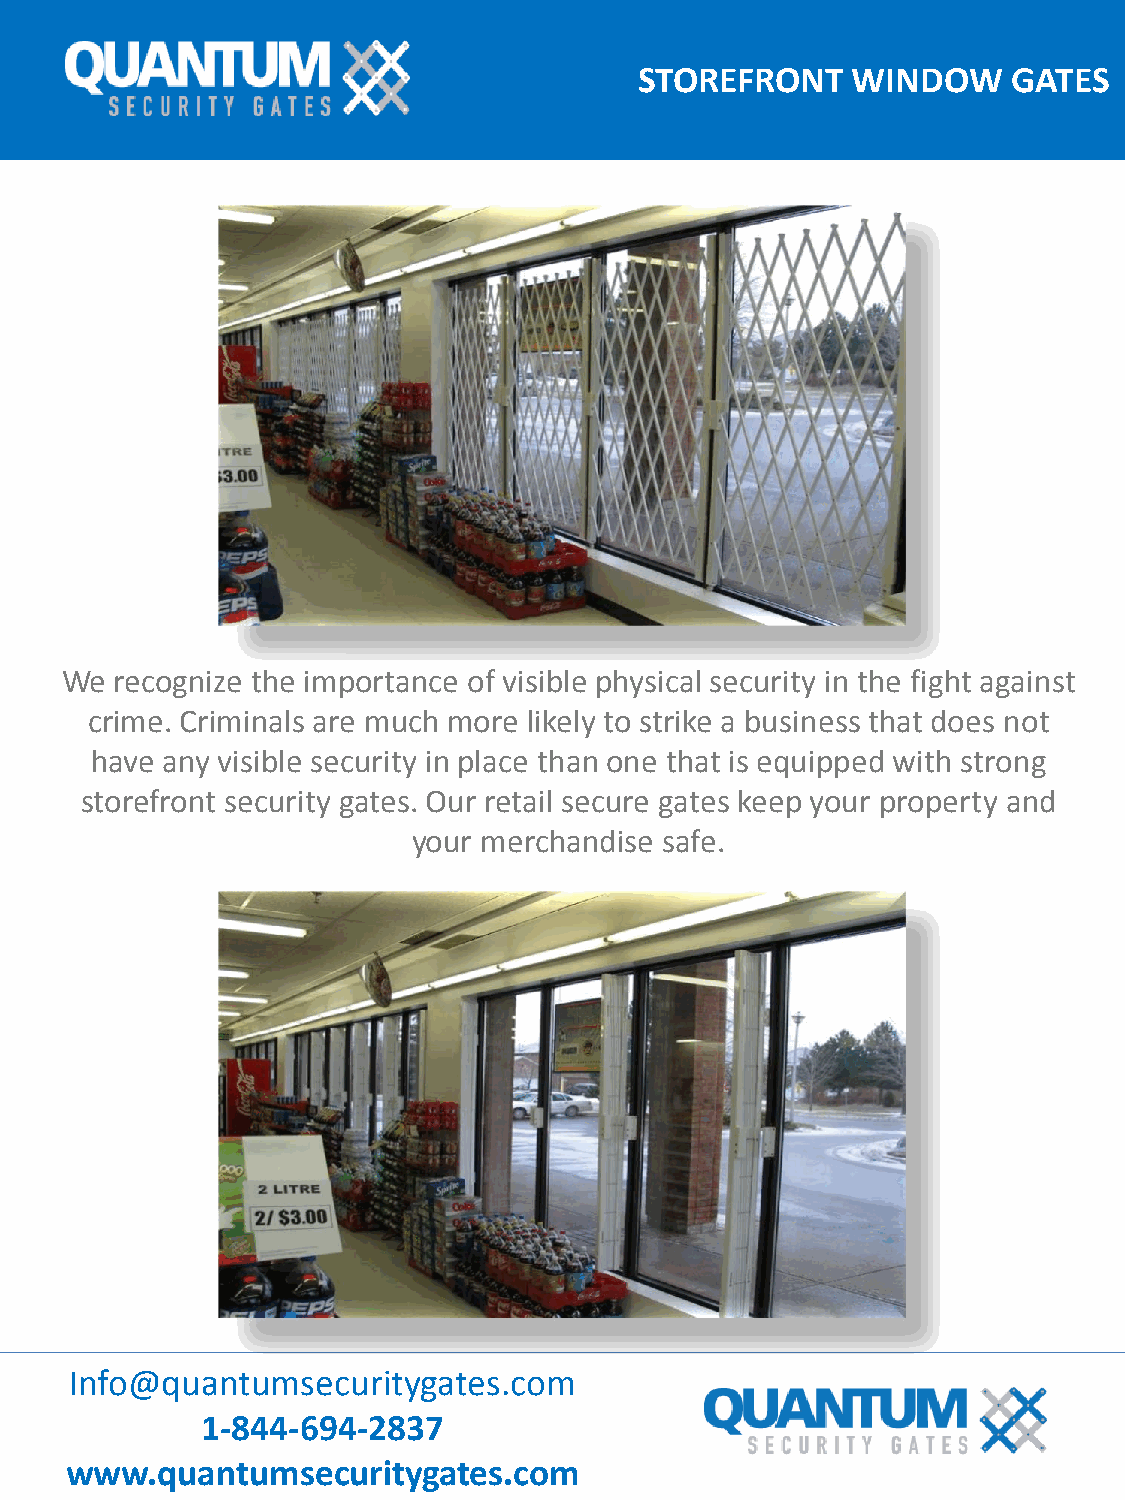
STOREFRONT    WINDOW     GATES
 We  recognize the importance of visible physical security in the fight against
 crime. Criminals are much more likely to strike a business that does not
 have any visible security in place than one that is equipped with strong
 storefront security gates. Our retail secure gates keep your property and
 your merchandise safe.
 Info@quantumsecuritygates.com
 1-844-694-2837
 www.quantumsecuritygates.com